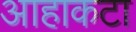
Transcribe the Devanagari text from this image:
आहाकटा